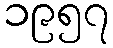
၁၉၅၇